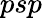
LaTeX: psp